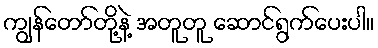
ကျွန်တော်တို့နဲ့ အတူတူ ဆောင်ရွက်ပေးပါ။